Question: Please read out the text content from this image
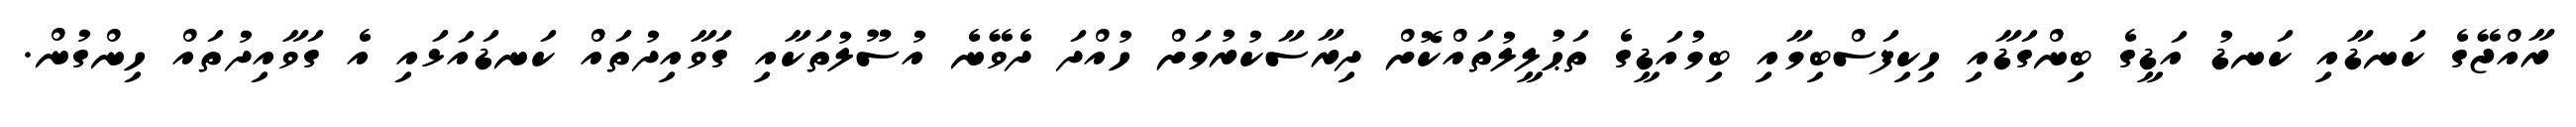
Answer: ރާއްޖޭގެ ކަނޑާއި ކަނޑު އަޑީގެ ބިންގަޑާއި ހިކިފަސްބިމާއި ބިމުއަޑީގެ ތަޙުލީލުތައްކޮށް ދިރާސާކުރުމަށް ހުއްދަ ދެވޭނެ އުސޫލުތަކާއި ގަވާއިދުތައް ކަނޑައަޅައި އެ ގަވާއިދުތައް ހިންގުން.